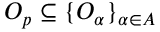
O _ { p } \subseteq \{ O _ { \alpha } \} _ { \alpha \in A }